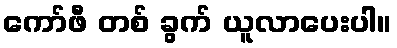
ကော်ဖီ တစ် ခွက် ယူလာပေးပါ။